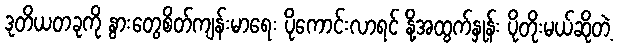
ဒုတိယတခုကို နွားတွေစိတ်ကျန်းမာရေး ပိုကောင်းလာရင် နို့အထွက်နှုန်း ပိုတိုးမယ်ဆိုတဲ့